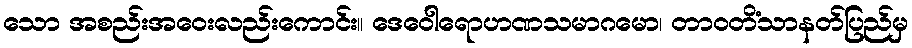
သော အစည်းအဝေးလည်းကောင်း။ ဒေဝေါရောဟဏသမာဂမော၊ တာဝတိံသာနတ်ပြည်မှ